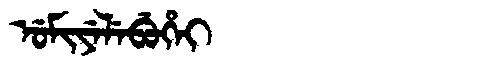
Manchu: ᡠᠮᡳᠶᡝᠯᡝᠪᡠᡥᡝᡳ
Romanization: UMIYELEBUHEI